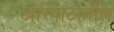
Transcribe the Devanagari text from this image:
खारेपाटातील